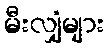
မီးလျှံများ